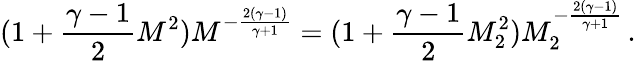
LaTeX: (1+\frac{\gamma-1}{2}M^{2})M^{-\frac{2(\gamma-1)}{\gamma+1}}=(1+\frac{\gamma-1}{2}M_{2}^{2})M_{2}^{-\frac{2(\gamma-1)}{\gamma+1}}\, .